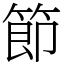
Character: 節